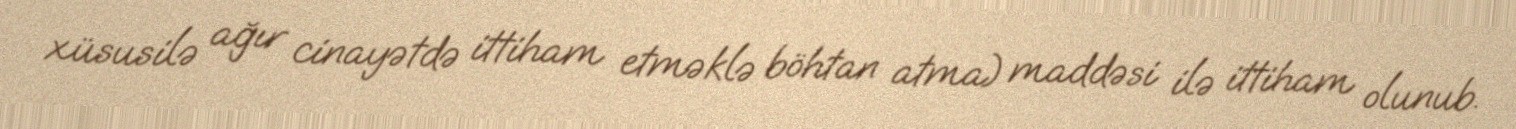
xüsusilə ağır cinayətdə ittiham etməklə böhtan atma) maddəsi ilə ittiham olunub.